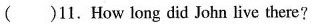
()11.How long did John live there?